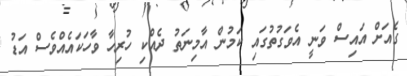
ގެއަށް އައިސް ވަނީ އެވަގުތުގައި ކަމުން އާމިނަތު ދެއްކި ހުރިހާ ވާހަކައެއްވެސް އަޑު